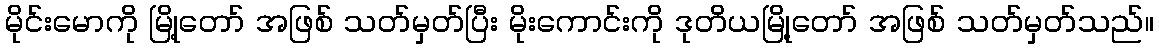
မိုင်းမောကို မြို့တော် အဖြစ် သတ်မှတ်ပြီး မိုးကောင်းကို ဒုတိယမြို့တော် အဖြစ် သတ်မှတ်သည်။